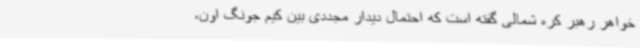
خواهر رهبر کره شمالی گفته است که احتمال دیدار مجددی بین کیم جونگ اون،